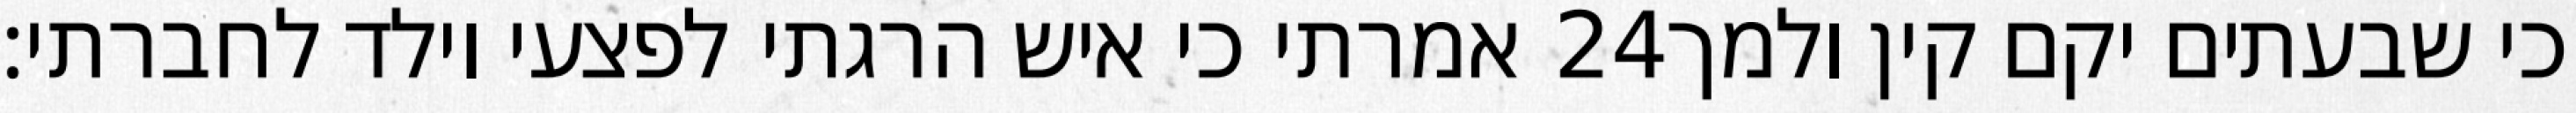
אמרתי כי איש הרגתי לפצעי וילד לחברתי׃ ‎24‏ כי שבעתים יקם קין ולמך